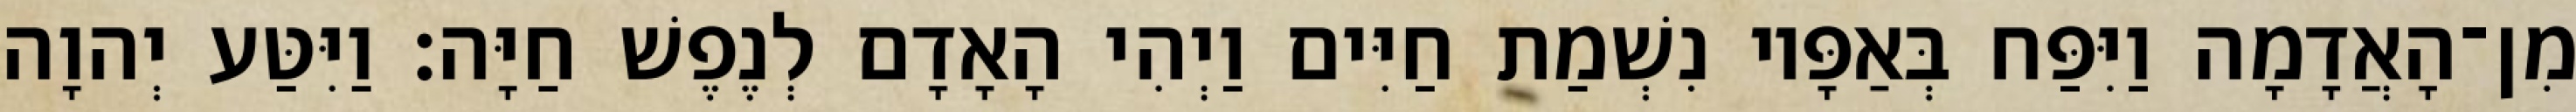
מִן־הָאֲדָמָה וַיִּפַּח בְּאַפָּיו נִשְׁמַת חַיִּים וַיְהִי הָאָדָם לְנֶפֶשׁ חַיָּה׃ וַיִּטַּע יְהוָה